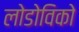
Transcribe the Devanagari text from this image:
लोडोविको